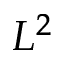
L ^ { 2 }